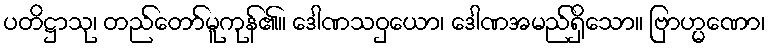
ပတိဋ္ဌာသု၊ တည်တော်မူကုန်၏။ ဒေါဏသဝှယော၊ ဒေါဏအမည်ရှိသော။ ဗြာဟ္မဏော၊